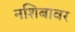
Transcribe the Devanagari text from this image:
नशिबावर